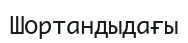
Шортандыдағы